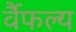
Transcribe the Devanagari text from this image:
र्वैफल्य